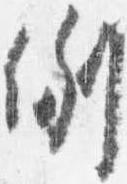
例